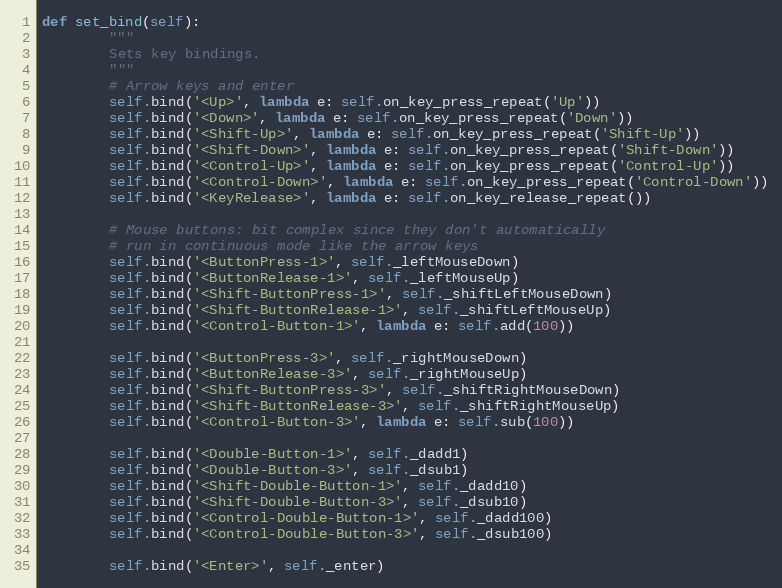
Language: Python
def set_bind(self):
        """
        Sets key bindings.
        """
        # Arrow keys and enter
        self.bind('<Up>', lambda e: self.on_key_press_repeat('Up'))
        self.bind('<Down>', lambda e: self.on_key_press_repeat('Down'))
        self.bind('<Shift-Up>', lambda e: self.on_key_press_repeat('Shift-Up'))
        self.bind('<Shift-Down>', lambda e: self.on_key_press_repeat('Shift-Down'))
        self.bind('<Control-Up>', lambda e: self.on_key_press_repeat('Control-Up'))
        self.bind('<Control-Down>', lambda e: self.on_key_press_repeat('Control-Down'))
        self.bind('<KeyRelease>', lambda e: self.on_key_release_repeat())

        # Mouse buttons: bit complex since they don't automatically
        # run in continuous mode like the arrow keys
        self.bind('<ButtonPress-1>', self._leftMouseDown)
        self.bind('<ButtonRelease-1>', self._leftMouseUp)
        self.bind('<Shift-ButtonPress-1>', self._shiftLeftMouseDown)
        self.bind('<Shift-ButtonRelease-1>', self._shiftLeftMouseUp)
        self.bind('<Control-Button-1>', lambda e: self.add(100))

        self.bind('<ButtonPress-3>', self._rightMouseDown)
        self.bind('<ButtonRelease-3>', self._rightMouseUp)
        self.bind('<Shift-ButtonPress-3>', self._shiftRightMouseDown)
        self.bind('<Shift-ButtonRelease-3>', self._shiftRightMouseUp)
        self.bind('<Control-Button-3>', lambda e: self.sub(100))

        self.bind('<Double-Button-1>', self._dadd1)
        self.bind('<Double-Button-3>', self._dsub1)
        self.bind('<Shift-Double-Button-1>', self._dadd10)
        self.bind('<Shift-Double-Button-3>', self._dsub10)
        self.bind('<Control-Double-Button-1>', self._dadd100)
        self.bind('<Control-Double-Button-3>', self._dsub100)

        self.bind('<Enter>', self._enter)